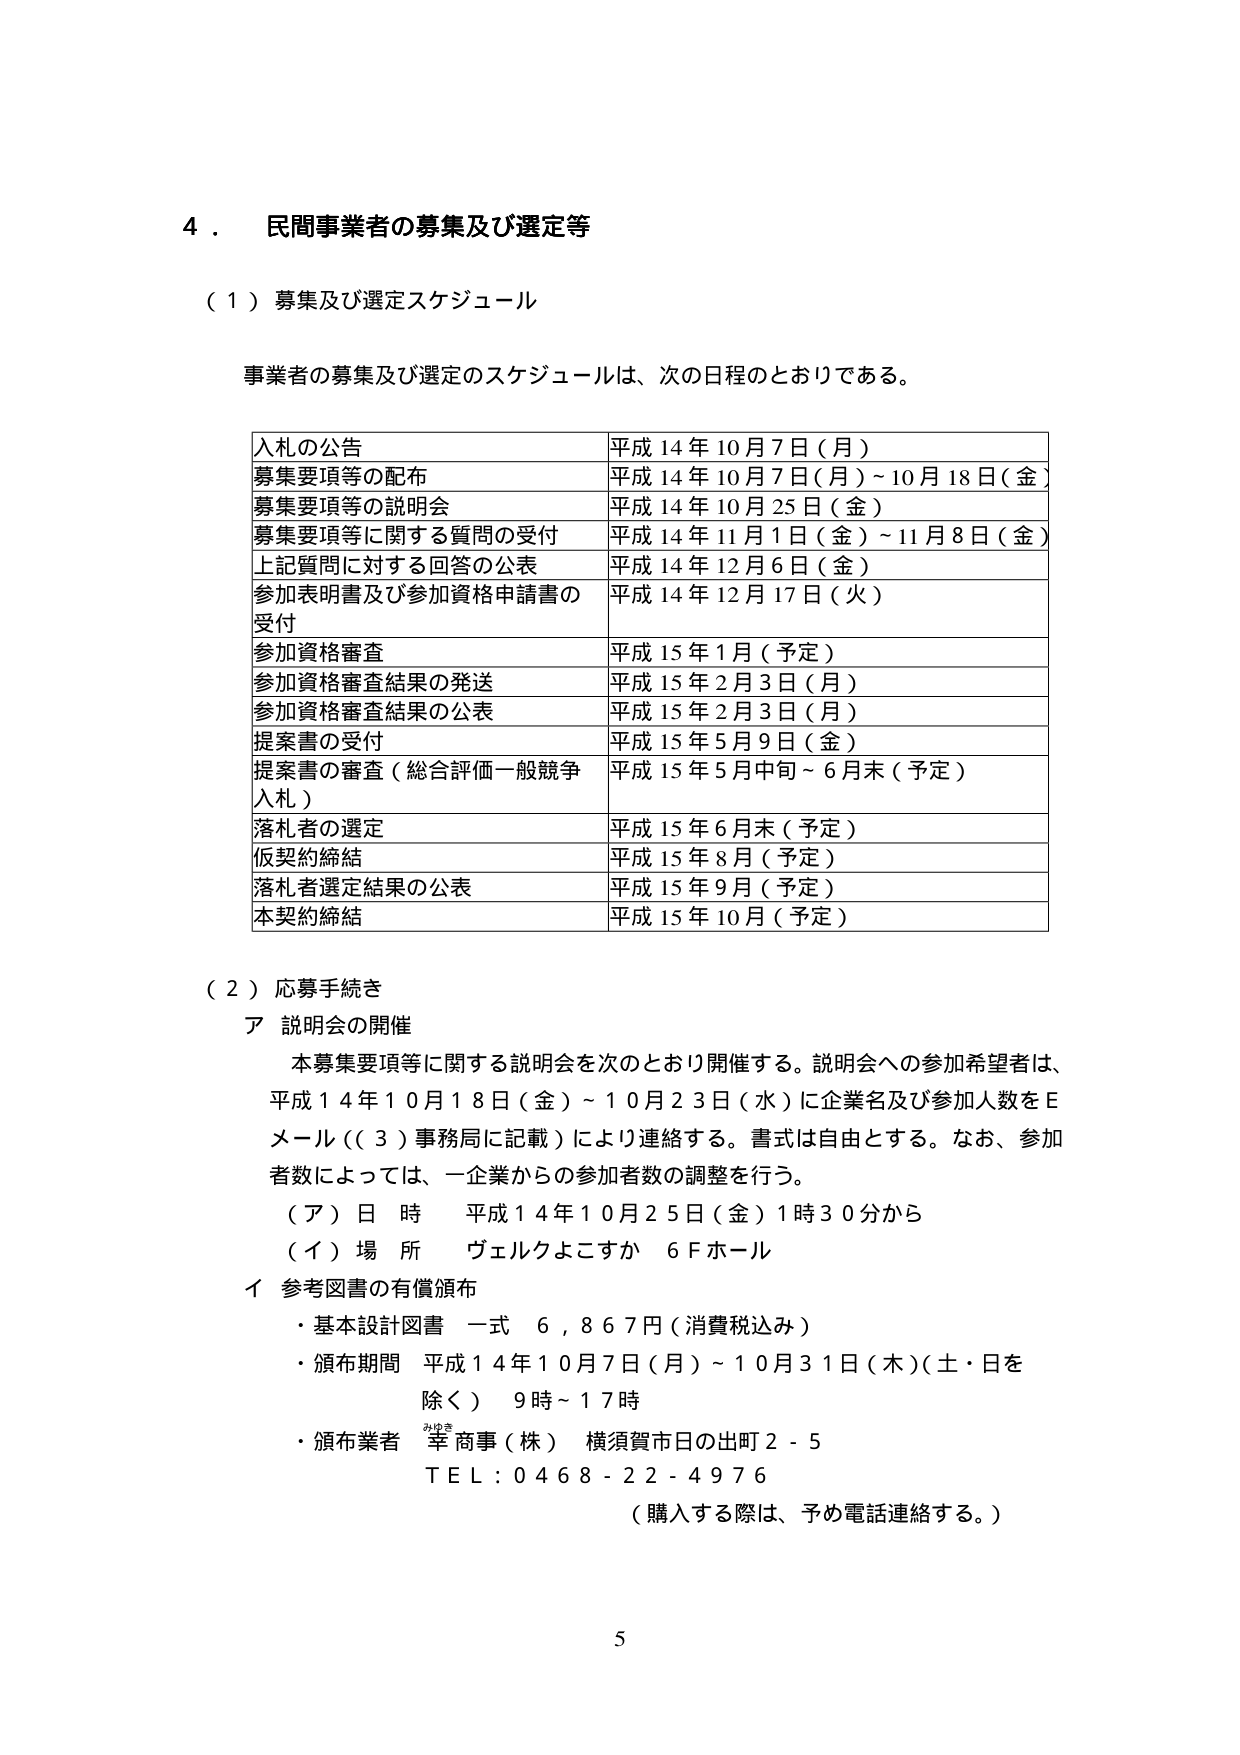
4．民間事業者の募集及び選定等

（1）募集及び選定スケジュール

事業者の募集及び選定のスケジュールは、次の日程のとおりである。

入札の公告 平成14年10月7日（月）
募集要項等の配布 平成14年10月7日（月）～10月18日（金）
募集要項等の説明会 平成14年10月25日（金）
募集要項等に関する質問の受付 平成14年11月1日（金）～11月8日（金）
上記質問に対する回答の公表 平成14年12月6日（金）
参加表明書及び参加資格申請書の受付 平成14年12月17日（火）
参加資格審査 平成15年1月（予定）
参加資格審査結果の発送 平成15年2月3日（月）
参加資格審査結果の公表 平成15年2月3日（月）
提案書の受付 平成15年5月9日（金）
提案書の審査（総合評価一般競争入札） 平成15年5月中旬～6月末（予定）
落札者の選定 平成15年6月末（予定）
仮契約締結 平成15年8月（予定）
落札者選定結果の公表 平成15年9月（予定）
本契約締結 平成15年10月（予定）

（2）応募手続き

ア 説明会の開催

本募集要項等に関する説明会を次のとおり開催する。説明会への参加希望者は、平成14年10月18日（金）～10月23日（水）に企業名及び参加人数をEメール（（3）事務局に記載）により連絡する。書式は自由とする。なお、参加者数によっては、一企業からの参加者数の調整を行う。

（ア）日時 平成14年10月25日（金）1時30分から
（イ）場所 ヴェルクよこすか 6Fホール

イ 参考図書の有償頒布

・基本設計図書 一式 6,867円（消費税込み）
・頒布期間 平成14年10月7日（月）～10月31日（木）（土・日を除く） 9時～17時
・頒布業者 幸商事（株） 横須賀市日の出町2-5
TEL：0468-22-4976
（購入する際は、予め電話連絡する。）

5